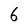
Character: 6